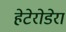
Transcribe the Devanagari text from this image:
हेटेरोडेरा